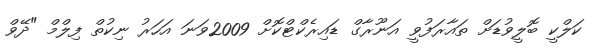
ކަލްކީ ބޮލީވުޑަށް ތައާރަފުވީ އަނޫރާގް ޑައިރެކްޓްކޮށް 2009ވަނަ އަހަރު ނިކުތް ފިލްމް "ދޭވް